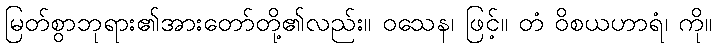
မြတ်စွာဘုရား၏အားတော်တို့၏လည်း။ ဝသေန၊ ဖြင့်။ တံ ဝိစယဟာရံ၊ ကို။